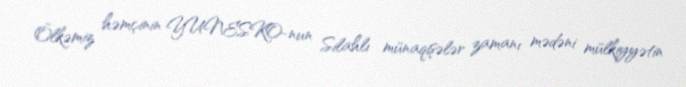
Ölkəmiz həmçinin YUNESKO-nun Silahlı münaqişələr zamanı mədəni mülkiyyətin